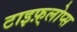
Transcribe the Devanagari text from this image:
टाइफ़्लोप्स